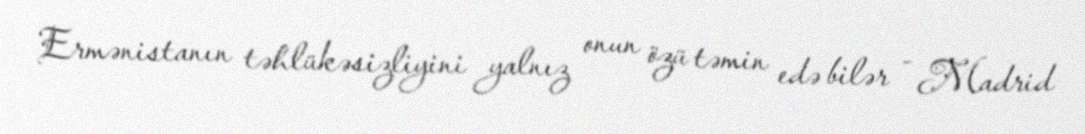
Ermənistanın təhlükəsizliyini yalnız onun özü təmin edə bilər - Madrid